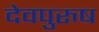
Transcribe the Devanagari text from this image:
देवपुरुष